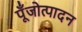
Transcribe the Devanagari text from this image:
पूँजोत्पादन